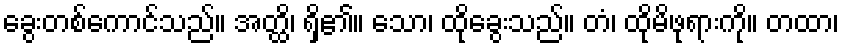
ခွေးတစ်ကောင်သည်။ အတ္ထိ၊ ရှိ၏။ သော၊ ထိုခွေးသည်။ တံ၊ ထိုမိဖုရားကို။ တထာ၊